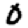
Digit: 0